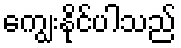
ကျွေးနိုင်ပါသည်